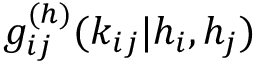
g _ { i j } ^ { ( h ) } ( k _ { i j } | h _ { i } , h _ { j } )